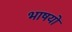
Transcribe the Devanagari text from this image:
भाषयों